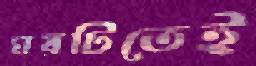
ঘরটিতেই